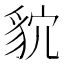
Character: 𮙩